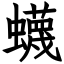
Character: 蠛